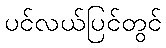
ပင်လယ်ပြင်တွင်